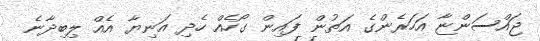
ޖައްސަންޏާ އަހަރެންގެ އަތުން ފައިން ގޯހެއް ހެދި އަނިޔާ އެއް ލިބިދާނެ